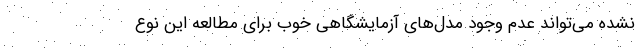
نشده می‌تواند عدم وجود مدل‌های آزمایشگاهی خوب برای مطالعه این نوع